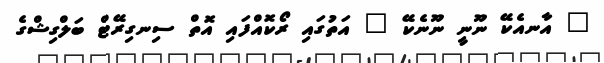
" އާނއެކޭ ނޫނީ ނޫނެކޭ " އަތުގައި ރޯކޮއްފައި އޮތް ސިނގިރޭޓް ބަލްގިޝްގެ